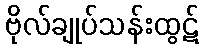
ဗိုလ်ချုပ်သန်းထွဋ်